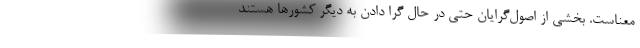
معناست. بخشی از اصول‌گرایان حتی در حال گرا دادن به دیگر کشورها هستند